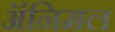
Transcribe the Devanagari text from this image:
ॲनिमल